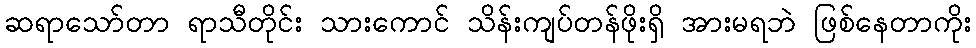
ဆရာသော်တာ ရာသီတိုင်း သားကောင် သိန်းကျပ်တန်ဖိုးရှိ အားမရဘဲ ဖြစ်နေတာကိုး